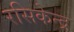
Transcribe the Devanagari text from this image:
रसिकेन्द्र